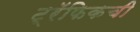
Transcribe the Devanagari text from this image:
ट्रॅफिकची